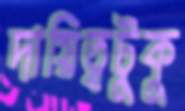
দায়িত্বটুকু